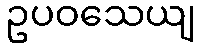
ဥပဝသေယျ